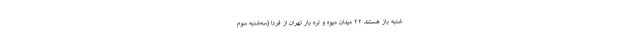
شنبه باز هستند ۲۲ میدان میوه و تره بار تهران از فردا (سه‌شنبه سوم